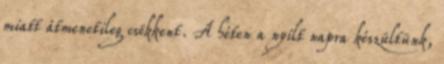
miatt átmenetileg csökkent. A héten a nyílt napra készültünk,